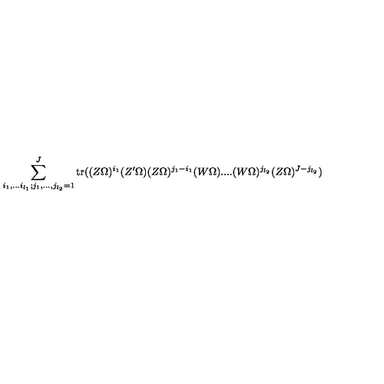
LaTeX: \sum _ { i _ { 1 } , . . . i _ { l _ { 1 } } ; j _ { 1 } , . . . , j _ { l _ { 2 } } = 1 } ^ { J } \mathrm { t r } ( ( Z \Omega ) ^ { i _ { 1 } } ( Z ^ { \prime } \Omega ) ( Z \Omega ) ^ { j _ { 1 } - i _ { 1 } } ( W \Omega ) . . . . ( W \Omega ) ^ { j _ { l _ { 2 } } } ( Z \Omega ) ^ { J - j _ { l _ { 2 } } } )